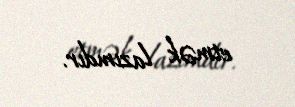
etmək lazımdır.